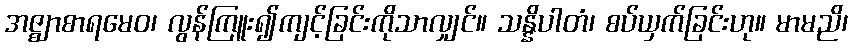
အဇ္ဈာစာရမေဝ၊ လွန်ကြူး၍ကျင့်ခြင်းကိုသာလျှင်။ သန္နိပါတံ၊ စပ်ယှက်ခြင်းဟု။ မာမညိ၊